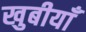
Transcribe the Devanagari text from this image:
खुबीयाँ